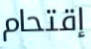
إقتحام